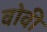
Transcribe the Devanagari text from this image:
वोवी